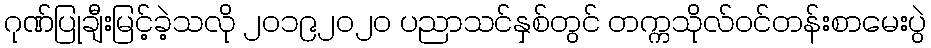
ဂုဏ်ပြုချီးမြင့်ခဲ့သလို ၂၀၁၉၂၀၂၀ ပညာသင်နှစ်တွင် တက္ကသိုလ်ဝင်တန်းစာမေးပွဲ